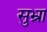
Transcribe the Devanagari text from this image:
सुभ्रा